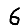
Digit: 6